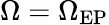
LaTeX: \Omega=\Omega_{\mathrm{EP}}